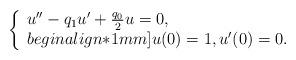
LaTeX: \begin{align*}\left\{\begin{array}{l}u''-q_1u' +\frac{q_0}{2}u =0, \\begin{align*}1mm]u(0)=1, u'(0)=0.\end{array}\right. \end{align*}